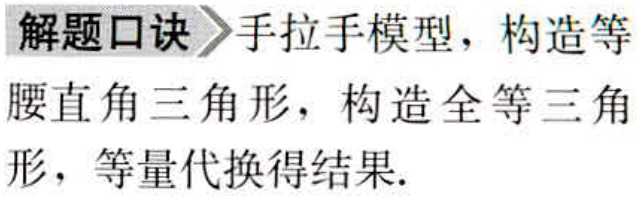
解题口诀 手拉手模型，构造等

腰直角三角形，构造全等三角

形，等量代换得结果.